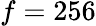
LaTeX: f=256